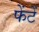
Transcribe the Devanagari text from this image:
फेंटें